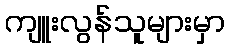
ကျူးလွန်သူများမှာ